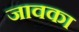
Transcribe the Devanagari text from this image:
जावका